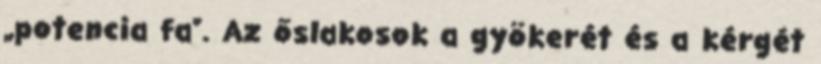
„potencia fa”. Az őslakosok a gyökerét és a kérgét